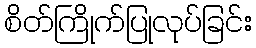
စိတ်ကြိုက်ပြုလုပ်ခြင်း